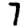
Digit: 7